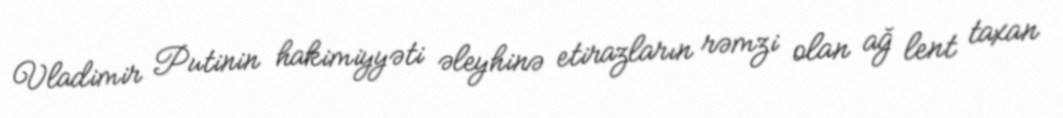
Vladimir Putinin hakimiyyəti əleyhinə etirazların rəmzi olan ağ lent taxan